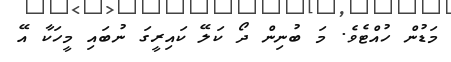
މަޑުން ހުއްޓެވެ. މަ ބުނިން ދޯ ކަލޭ ކައިރީގަ ނުބައި މީހަކާ އޭ